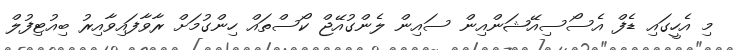
މި އެހީގައި ޑެފް އެސޯސިއޭޝަންއިން ސައިން ލެންގުއޭޖް ކޯސްތައް ހިންގުމަށް ރާވާފައިވާއިރު ބިއުޓިފުލް